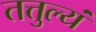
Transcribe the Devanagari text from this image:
तत्तुल्यं